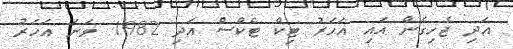
އަދި ޖެހިގެން އައި އަހަރު ޓިކް ޓެކްސް އަދި 1982 ވަނަ އަހަރު